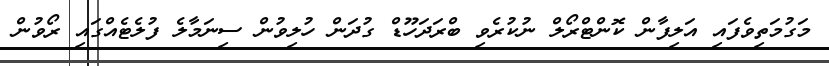
މަގުމަތިވެފައި އަލިފާން ކޮންޓްރޯލް ނުކުރެވި ބްރަދަހޫޑް ގުދަން ހުލިވުން ސިނަމާލެ ފުލެޓެއްގައި ރޯވުން